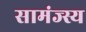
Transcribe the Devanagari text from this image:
सामंज्स्य